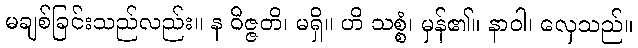
မချစ်ခြင်းသည်လည်း။ န ဝိဇ္ဇတိ၊ မရှိ။ ဟိ သစ္စံ၊ မှန်၏။ နာဝါ၊ လှေသည်။